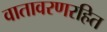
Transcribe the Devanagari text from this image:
वातावरणरहित